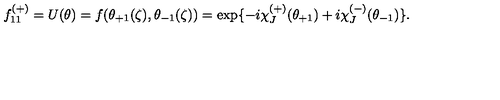
f _ { 1 1 } ^ { ( + ) } = U ( \theta ) = f ( \theta _ { + 1 } ( \zeta ) , \theta _ { - 1 } ( \zeta ) ) = \exp \{ - i \chi _ { J } ^ { ( + ) } ( \theta _ { + 1 } ) + i \chi _ { J } ^ { ( - ) } ( \theta _ { - 1 } ) \} .